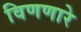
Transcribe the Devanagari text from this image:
विणणारे